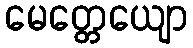
မေတ္တေယျော